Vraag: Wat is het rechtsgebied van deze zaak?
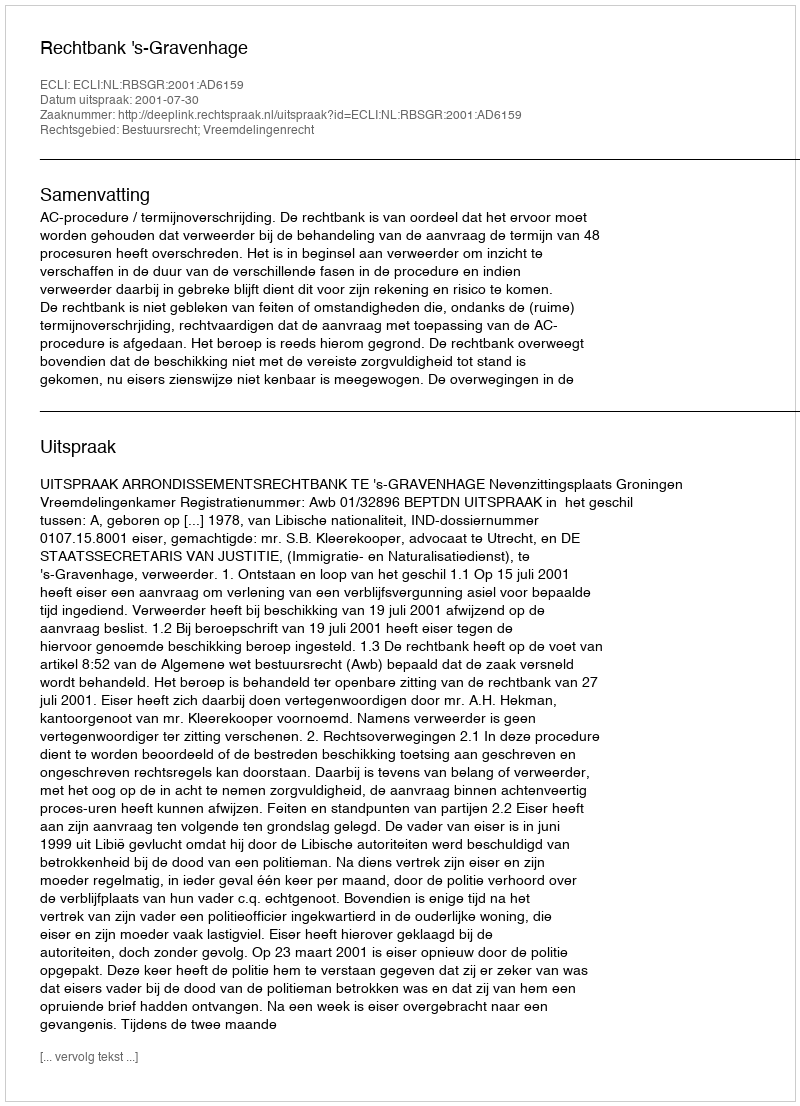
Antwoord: Bestuursrecht; Vreemdelingenrecht